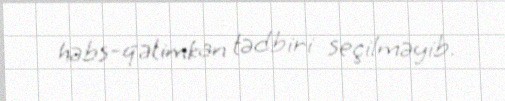
həbs-qətimkan tədbiri seçilməyib.